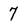
Character: 7